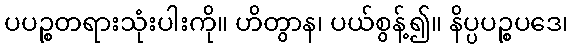
ပပဉ္စတရားသုံးပါးကို။ ဟိတွာန၊ ပယ်စွန့်၍။ နိပ္ပပဉ္စပဒေ၊